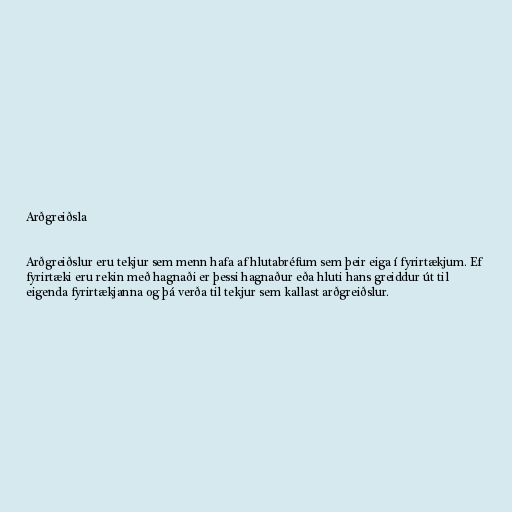
Arðgreiðsla

Arðgreiðslur eru tekjur sem menn hafa af hlutabréfum sem þeir eiga í fyrirtækjum. Ef
fyrirtæki eru rekin með hagnaði er þessi hagnaður eða hluti hans greiddur út til
eigenda fyrirtækjanna og þá verða til tekjur sem kallast arðgreiðslur.